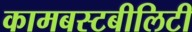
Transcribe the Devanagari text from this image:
कामबस्टबीलिटी